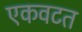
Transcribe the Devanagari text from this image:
एकवटत